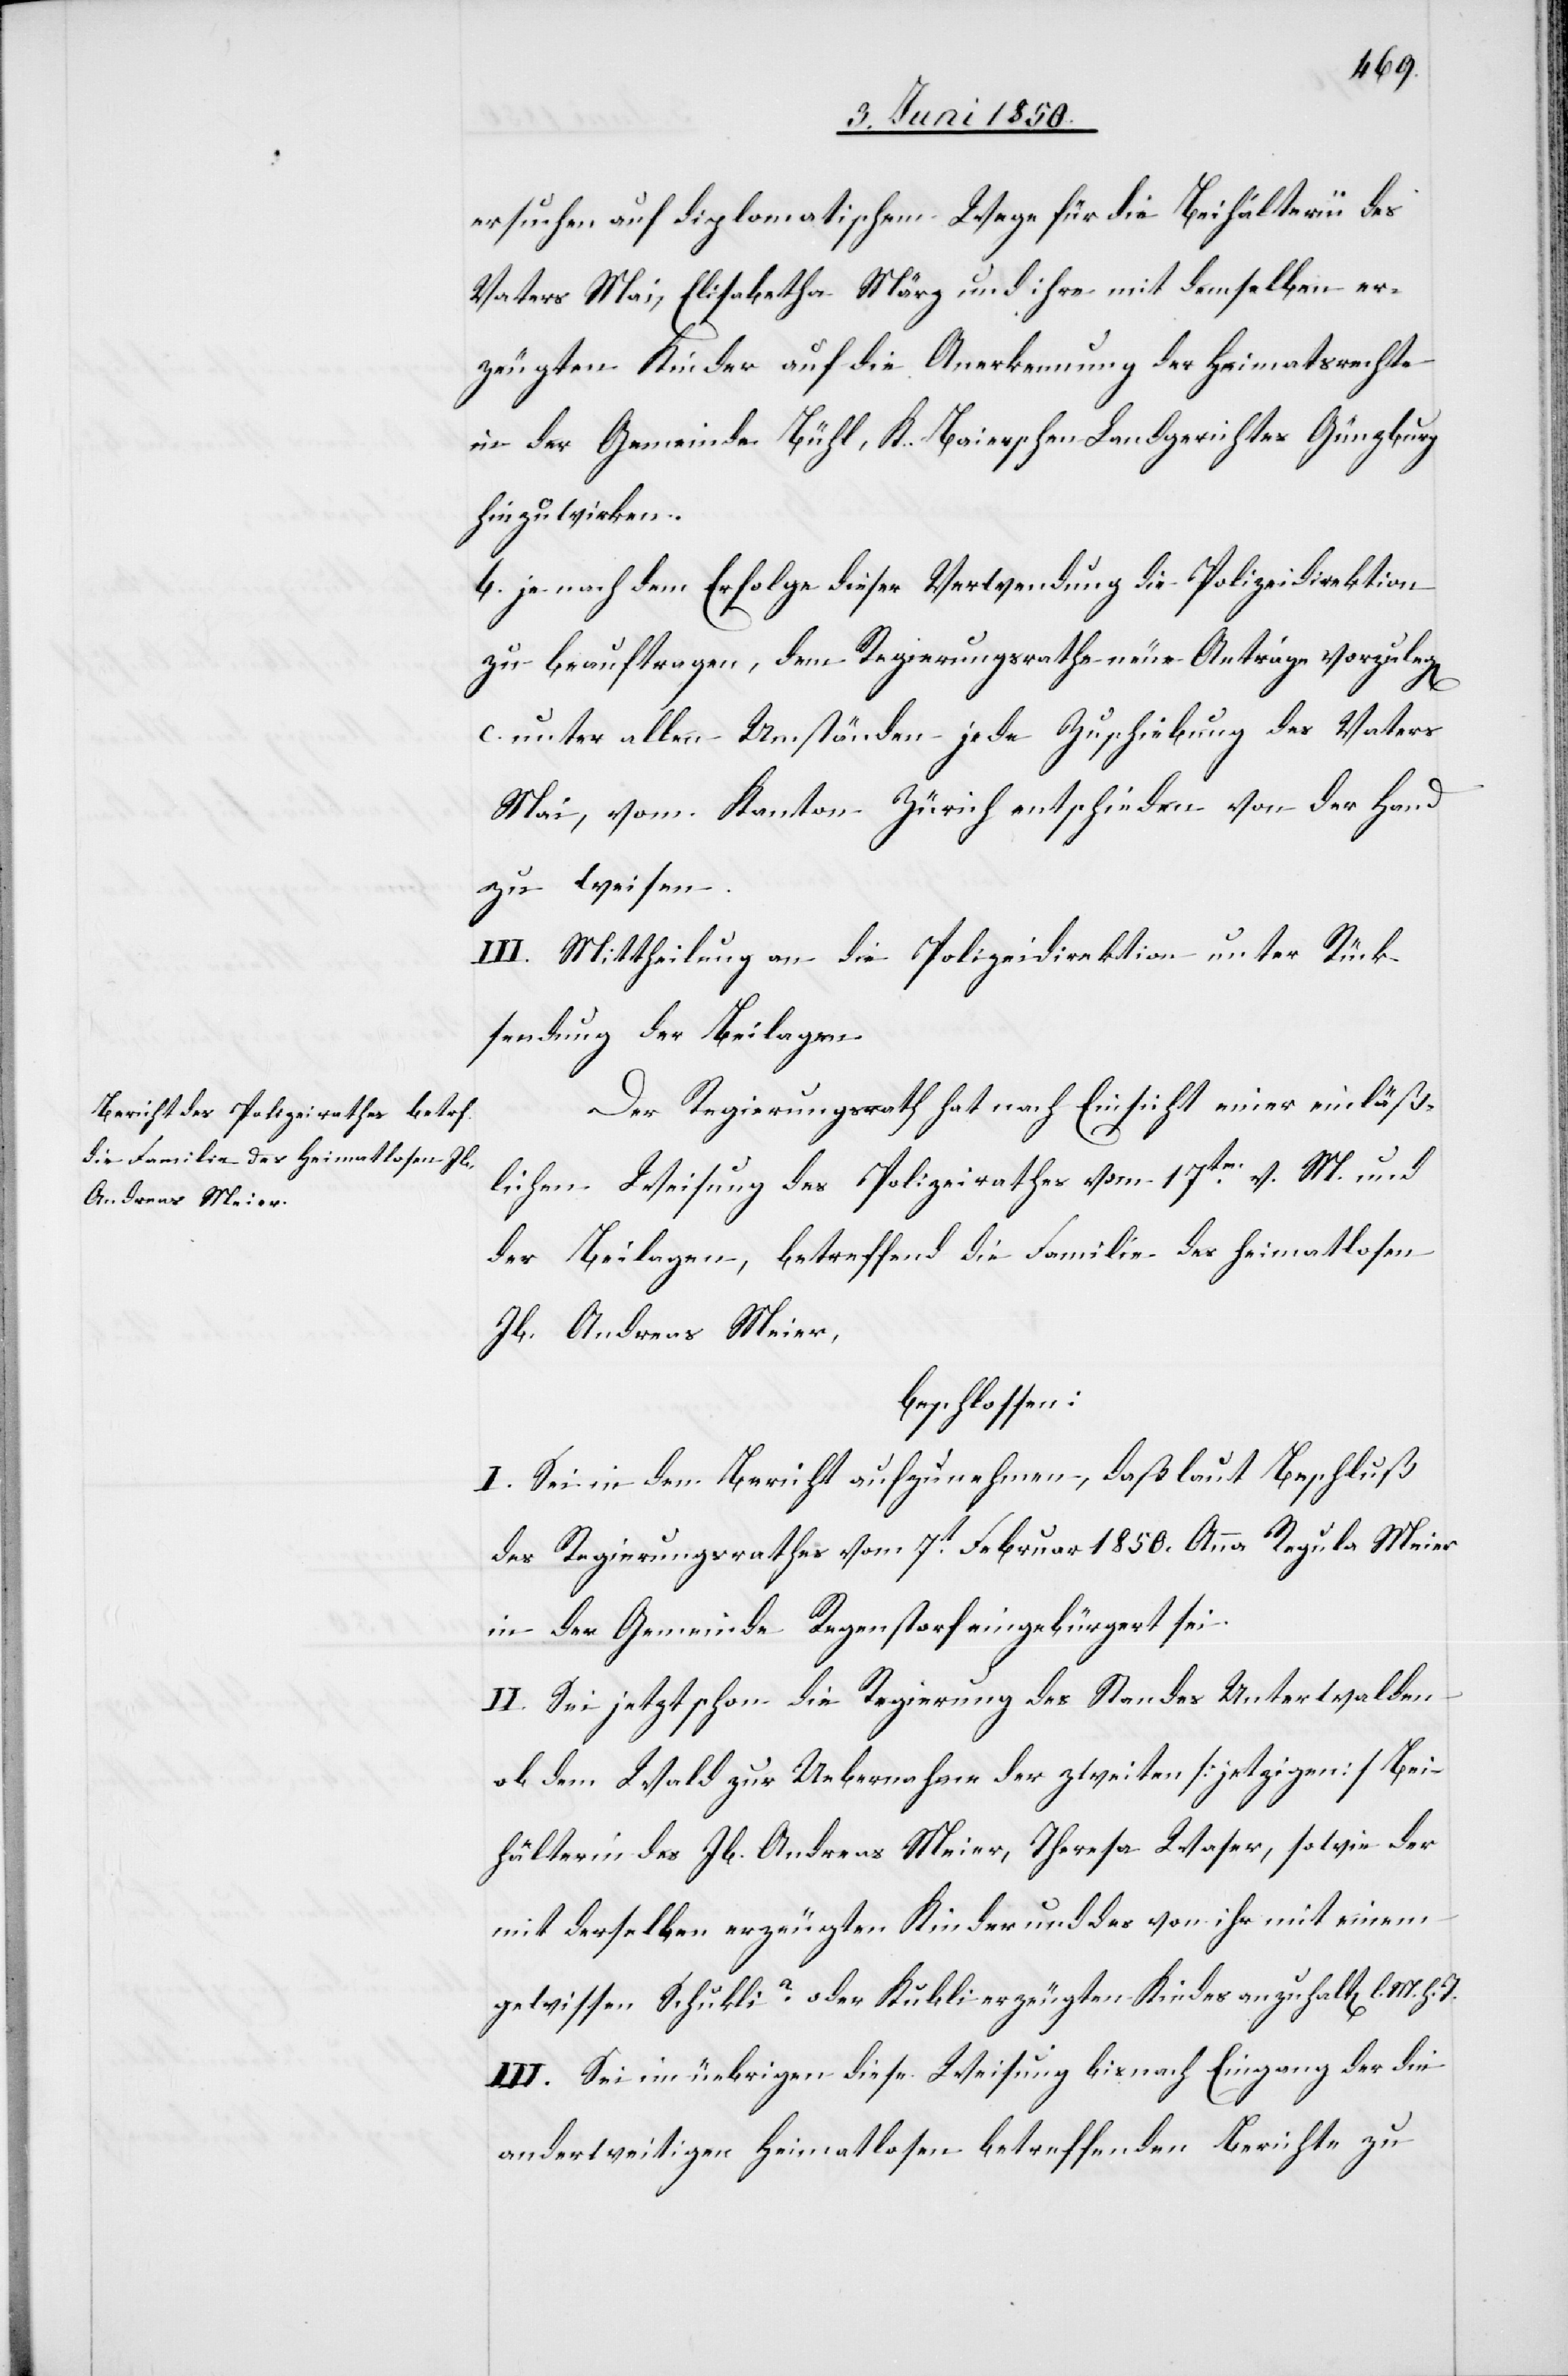
ersuchen auf diplomatischem Wege für die Beihalterin des
Vaters Mai, Elisabetha März und ihre mit demselben er¬
zeugten Kinder auf die Anerkennung der Heimatsrechte
in der Gemeinde Bühl, K. Baierschen Landgerichtes Günzburg
hinzuwirken.
b. je nach dem Erfolge dieser Verwendung die Polizeidirektion
zu beauftragen, dem Regierungsrathe neue Anträge vorzule¬
g[en]
c. unter allen Umständen jede Zuschiebung des Vaters
Mai, vom Kanton Zürich entschieden von der Hand
zu weisen.
III. Mittheilung an die Polizeidirektion unter Rück¬
sendung der Beilagen.
Der Regierungsrath hat nach Einsicht einer einläß¬
lichen Weisung des Polizeirathes vom 17ten v. M. und
der Beilagen, betreffend die Familie des heimatlosen
Jb. Andreas Meier,
beschlossen:
I. Sei in den Bericht aufzunehmen, daß laut Beschluß
des Regierungsrathes vom 7t Februar 1850. Anna Regula Meier
in der Gemeinde Regenstorf eingebürgert sei.
II. Sei jetzt schon die Regierung des Standes Unterwalden
ob dem Wald zur Uebernahme der zweiten [jetzigen] Bei¬
hälterin des Jb. Andreas Meier, Theresa Waser, sowie der
mit derselben erzeugten Kinder und des von ihr mit einem
gewissen Schukli ? oder Kubli erzeugten Kindes anzuhalt[en] l. M.
III. Sei im übrigen diese Weisung bis nach Eingang der die
anderweitigen Heimatlosen betreffenden Berichte zu